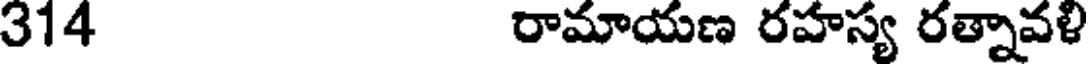
314 రామాయణ రహస్య రత్నావళి